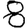
Digit: 8